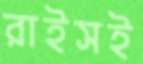
রাইসই